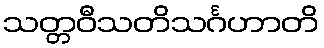
သတ္တဝီသတိသင်္ဂဟာတိ